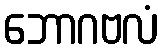
ဘောဂဗလံ